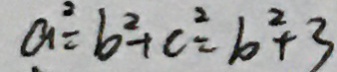
a ^ { 2 } = b ^ { 2 } + c ^ { 2 } = b ^ { 2 } + 3